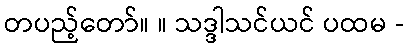
တပည့်တော်။ ။ သဒ္ဒါသင်ယင် ပထမ -